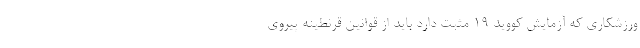
ورزشکاری که آزمایش کووید ۱۹ مثبت دارد باید از قوانین قرنطینه پیروی